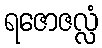
ရဇောဇလ္လံ